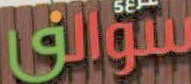
سوالف